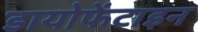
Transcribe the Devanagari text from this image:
डायोफेंटाइन